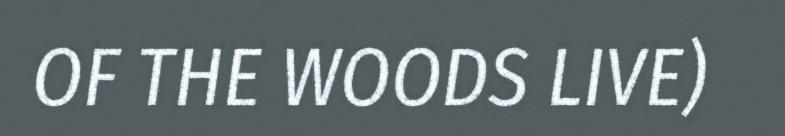
OF THE WOODS LIVE)